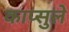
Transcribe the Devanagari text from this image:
काप्सुले